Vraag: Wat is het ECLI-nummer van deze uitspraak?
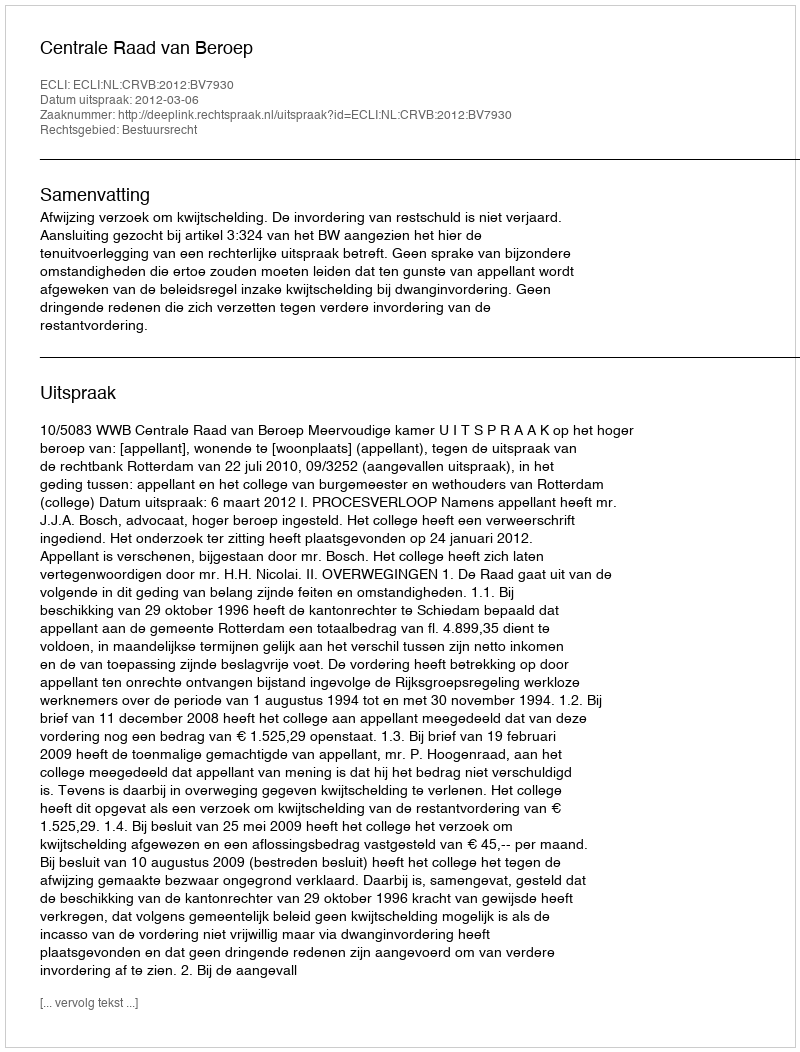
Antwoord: ECLI:NL:CRVB:2012:BV7930